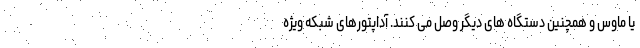
یا ماوس و همچنین دستگاه های دیگر وصل می کنند. آداپتورهای شبکه ویژه